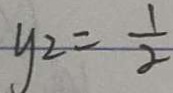
y _ { 2 } = \frac { 1 } { 2 }